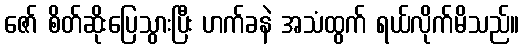
ဇော် စိတ်ဆိုးပြေသွားပြီး ဟက်ခနဲ အသံထွက် ရယ်လိုက်မိသည်။